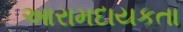
આરામદાયકતા